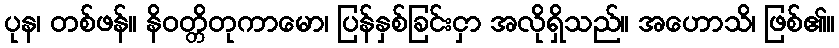
ပုန၊ တစ်ဖန်။ နိဝတ္တိတုကာမော၊ ပြန်နှစ်ခြင်းငှာ အလိုရှိသည်။ အဟောသိ၊ ဖြစ်၏။